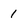
Character: 1